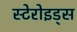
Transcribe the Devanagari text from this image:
स्टेरोइड्स